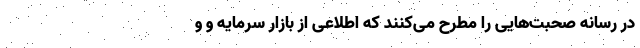
در رسانه‌ صحبت‌هایی را مطرح می‌کنند که اطلاعی از بازار سرمایه و و